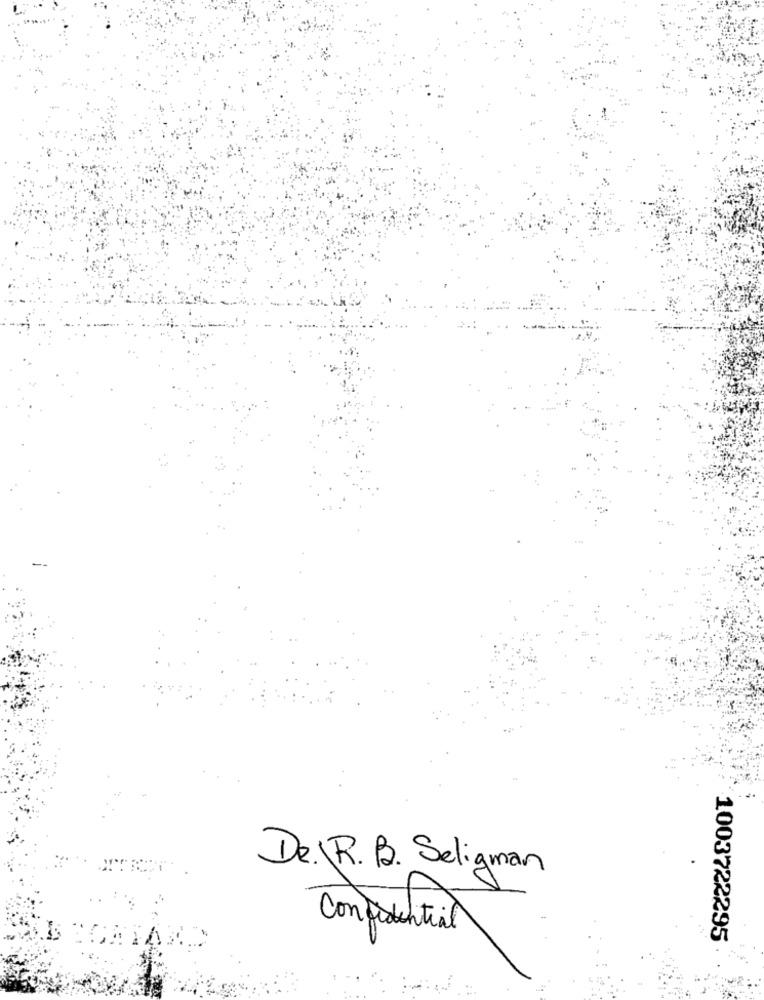
De.\R. B. Seligman
Confidential
1003722295